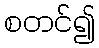
စတင်၍